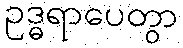
ဥဒ္ဓရာပေတွာ